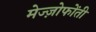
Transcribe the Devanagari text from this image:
मेज्ज़ोफोंती